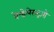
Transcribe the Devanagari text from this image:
बेन्डेलेरस्ट्रासे